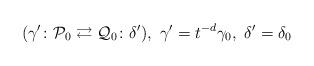
LaTeX: \begin{align*} (\gamma' \colon \mathcal{P}_0\rightleftarrows \mathcal{Q}_0 \colon \delta'), \ \gamma'=t^{-d} \gamma_0, \ \delta'=\delta_0\end{align*}